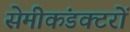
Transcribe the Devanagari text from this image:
सेमीकंडक्टरों